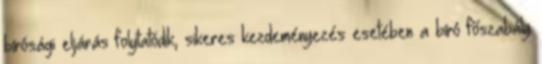
bírósági eljárás folytatódik, sikeres kezdeményezés esetében a bíró főszabály